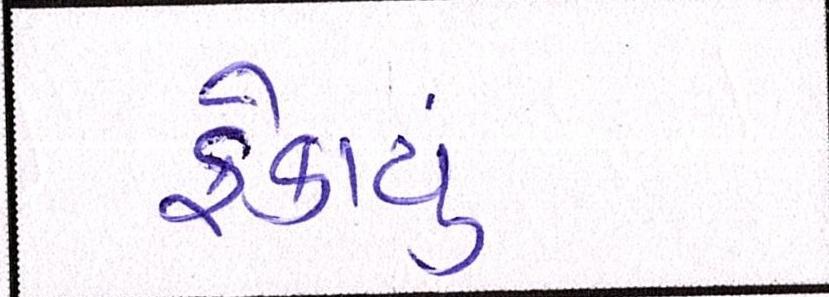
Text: ફેકાયું